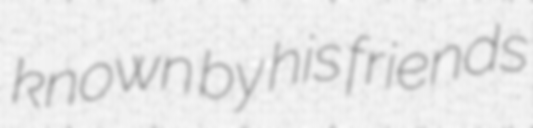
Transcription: known by his friends